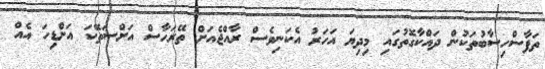
ތަފާސްހިސާބުތަކުން ދައްކާގޮތުގައި މިދިޔަ އަހަރު އެކަނިވެސް ރާއްޖެއަށް ތޭރަހާސް އަށްސަތޭކަ އަށްޑިހަ އެއް